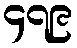
၄၇၉